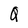
Character: Q